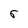
Character: r